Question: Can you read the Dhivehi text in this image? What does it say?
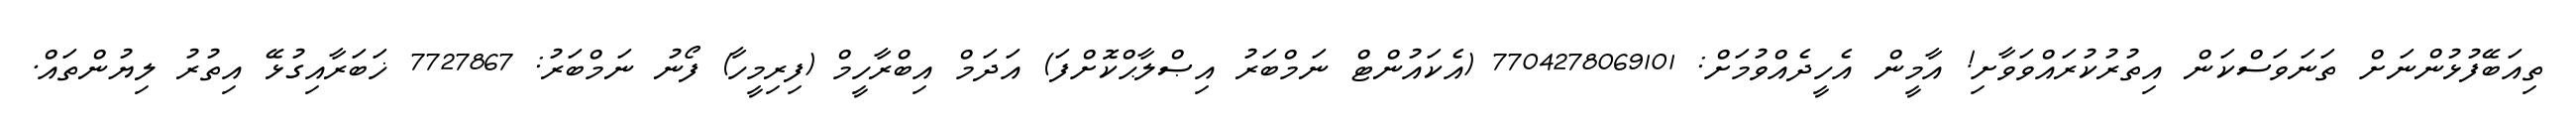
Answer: ތިއަބޭފުޅުންނަށް ތަނަވަސްކަން އިތުރުކުރައްވަވާށި! އާމީން އެހީދެއްވުމަށް: 7704278069101 (އެކައުންޓް ނަމްބަރު އިޞްލާޙްކޮށްފަ) އަދަމް އިބްރާހީމް (ފިރިމީހާ) ފޯނު ނަމްބަރު: 7727867 ޚަބަރާއިގުޅޭ އިތުރު ލިޔުންތައް.